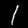
Digit: 1